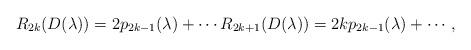
LaTeX: \begin{gather*}R_{2k}(D(\lambda)) =2 p_{2k-1}(\lambda)+ \cdots R_{2k+1}(D(\lambda)) =2k p_{2k-1}(\lambda)+ \cdots,\end{gather*}